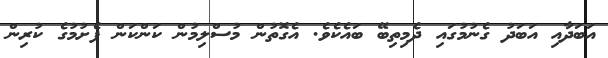
އަބަދާއި އަބަދު ގެނުމުގައި ދެމިތިބޭ ބައެކެވެ. އެގޮތުން މުސްލިމުން ކަންކަން ފެށުމުގެ ކުރިން